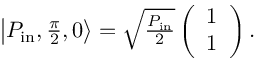
\begin{array} { r } { \left| P _ { \mathrm { i n } } , \frac { \pi } { 2 } , 0 \right\rangle = \sqrt { \frac { P _ { \mathrm { i n } } } { 2 } } \left( \begin{array} { c } { 1 } \\ { 1 } \end{array} \right) . } \end{array}